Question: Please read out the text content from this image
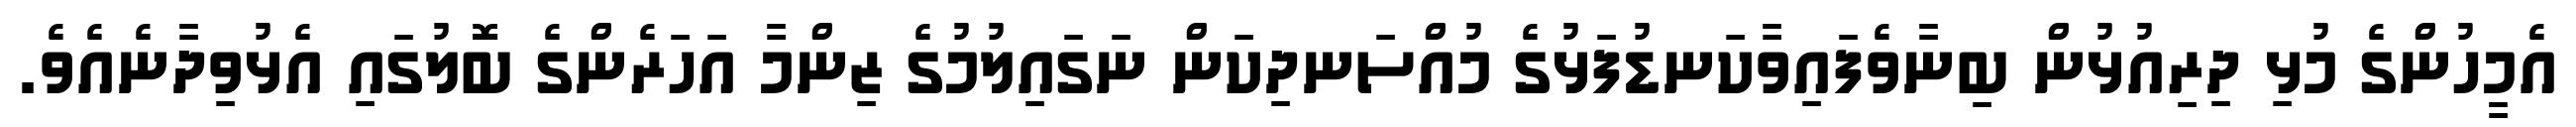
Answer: އެމީހުންގެ މުޅި ދިރިއުޅުން ބިނާވެފައިވާކަނޑުފަޅުގެ މުއްސަނދިކަން ނަގައިލުމުގެ ޒިންމާ އަހަރެންގެ ބޮލުގައި އެޅުވިދާނެއެވެ.